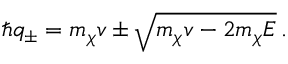
\hbar q _ { \pm } = m _ { \chi } v \pm \sqrt { m _ { \chi } v - 2 m _ { \chi } E } \, .